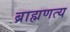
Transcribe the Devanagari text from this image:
ब्राह्मणत्य